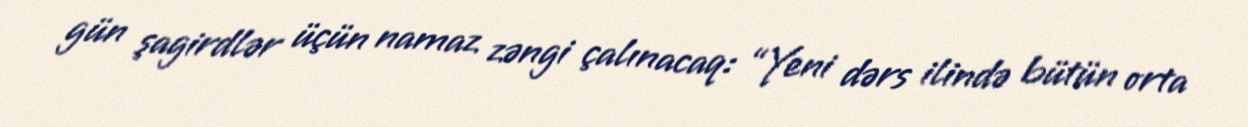
gün şagirdlər üçün namaz zəngi çalınacaq: “Yeni dərs ilində bütün orta